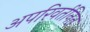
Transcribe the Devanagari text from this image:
अपरिवर्तनित